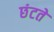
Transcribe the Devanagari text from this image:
छंटते